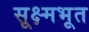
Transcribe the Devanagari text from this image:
सूक्ष्मभूत